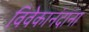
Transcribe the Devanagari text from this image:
विवेकानंदाना